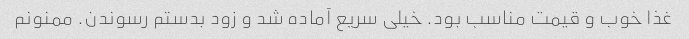
غذا خوب و قیمت مناسب بود. خیلی سریع آماده شد و زود بدستم رسوندن. ممنونم